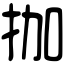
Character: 拁